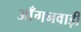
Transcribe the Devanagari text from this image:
आँगनवाड़ी